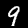
Label: 9